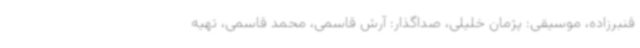
قنبرزاده، موسیقی: پژمان خلیلی، صداگذار: آرش قاسمی، محمد قاسمی، تهیه